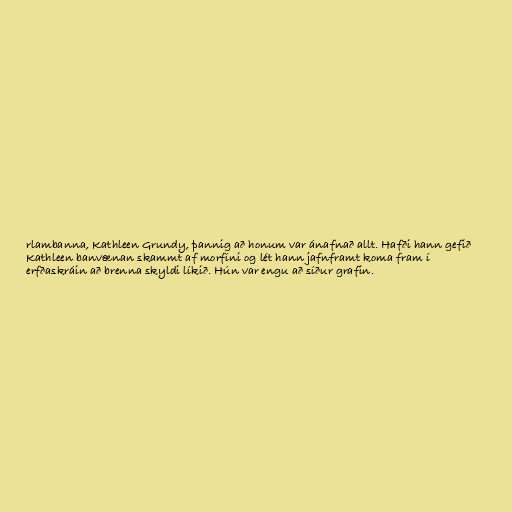
rlambanna, Kathleen Grundy, þannig að honum var ánafnað allt. Hafði hann gefið
Kathleen banvænan skammt af morfíni og lét hann jafnframt koma fram í
erfðaskráin að brenna skyldi líkið. Hún var engu að síður grafin.